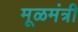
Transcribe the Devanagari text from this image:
मूळमंत्री